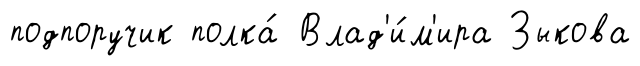
подпоручик полка́ Влад'и́м'ира Зыкова